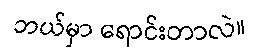
ဘယ်မှာ ရောင်းတာလဲ။